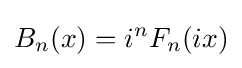
B_{n}(x)=i^{n}F_{n}(ix)